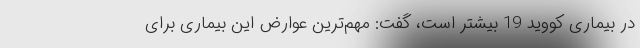
در بیماری کووید 19 بیشتر است، گفت: مهم‌ترین عوارض این بیماری برای